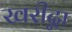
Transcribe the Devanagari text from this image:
खरीद्ना